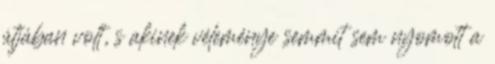
útjában volt, s akinek véleménye semmit sem nyomott a